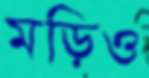
মড়িও